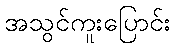
အသွင်ကူးပြောင်း